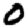
Digit: 0